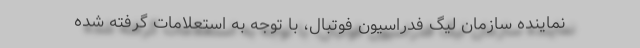
نماینده سازمان لیگ فدراسیون فوتبال، با توجه به استعلامات گرفته شده